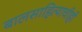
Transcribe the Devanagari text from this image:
बालसाहित्याचीही